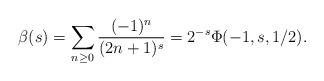
LaTeX: \begin{align*} \beta(s) & = \sum_{n \geq 0} \frac{(-1)^n}{(2n+1)^s} = 2^{-s} \Phi(-1, s, 1/2). \end{align*}